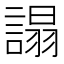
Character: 𧪦